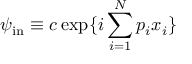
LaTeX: \psi _ { \mathrm { i n } } \equiv c \exp \{ i \sum _ { i = 1 } ^ { N } p _ { i } x _ { i } \} \, \,